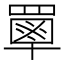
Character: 𦌃